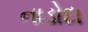
નાડોદા